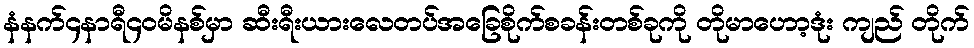
နံနက်၄နာရီ၄၀မိနစ်မှာ ဆီးရီးယားလေတပ်အခြေစိုက်စခန်းတစ်ခုကို တိုမာဟော့ဒုံး ကျည် တိုက်